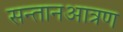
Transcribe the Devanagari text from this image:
सन्तानआत्रण